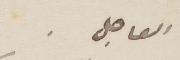
العاجل